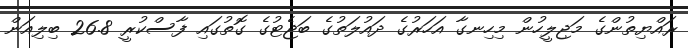
ރައްޔިތުންގެ މަޖިލީހުން މިހިނގާ އަހަރުގެ ދައުލަތުގެ ބަޖެޓުގެ ގޮތުގައި ފާސްކުރީ 26.8 ބިލިއަން